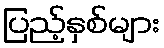
ပြည့်နှစ်များ